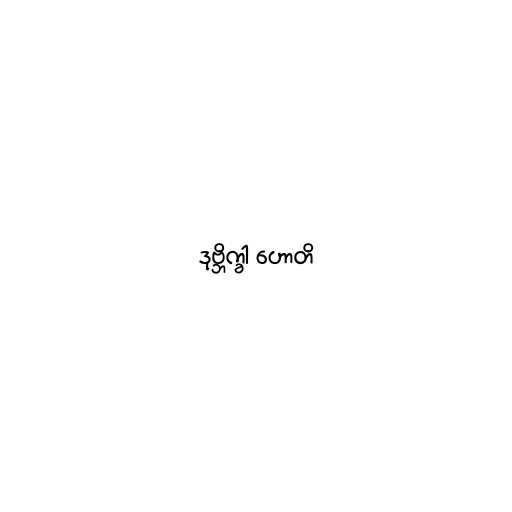
ဒုဗ္ဘိက္ခါ ဟောတိ